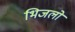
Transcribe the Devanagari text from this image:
भिजलो